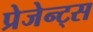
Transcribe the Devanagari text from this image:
प्रेजेन्ट्स